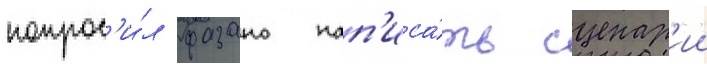
попрос'и́л фазано нап'иса́ть сценар'ии